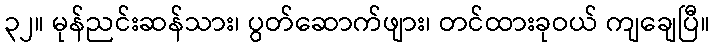
၃၂။ မုန်ညင်းဆန်သား၊ ပွတ်ဆောက်ဖျား၊ တင်ထားခုဝယ် ကျချေပြီ။